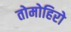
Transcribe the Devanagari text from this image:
तोमोहिरो